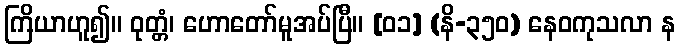
ကြိယာဟူ၍။ ဝုတ္တံ၊ ဟောတော်မူအပ်ပြီ။ [၀၁] (နိ-၃၅၀) နေဝကုသလာ န